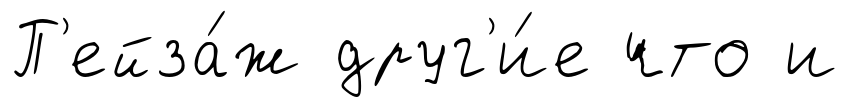
П'ейза́ж друг'и́е что и